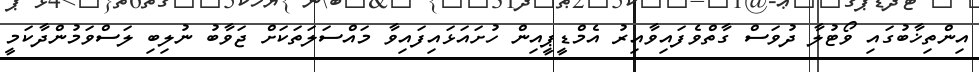
އިންތިޚާބުގައި ވޯޓުލާ ދުވަސް ގާތްވެފައިވާއިރު އެމްޑީޕީއިން ހުށައަޅައިފައިވާ މައްސަލަތަކަށް ޖަވާބު ނުލިބި ލަސްވަމުންދާކަމީ